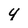
Character: 4